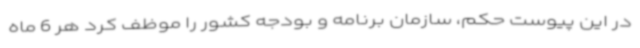
در این پیوست حکم، سازمان برنامه و بودجه کشور را موظف کرد هر 6 ماه